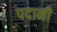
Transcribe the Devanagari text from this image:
पदानी